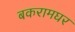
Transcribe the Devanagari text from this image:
बकरामघर